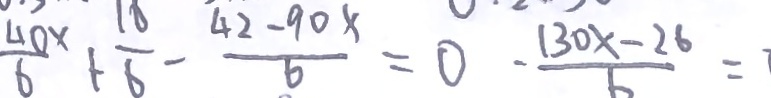
\frac { 4 0 x } { 6 } + \frac { 1 6 } { 6 } - \frac { 4 2 - 9 0 x } { 6 } = 0 - \frac { 1 3 0 x - 2 6 } { 6 } =